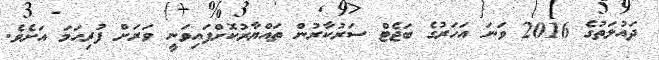
ދައުލަތުގެ 2016 ވަނަ އަހަރުގެ ބަޖެޓް ސަރުކާރުން ތައްޔާރުކޮށްފައިވަނީ ވަރަށް ފުރިހަމަ އަށެެވެ.